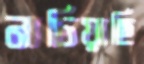
নাচিয়াছি